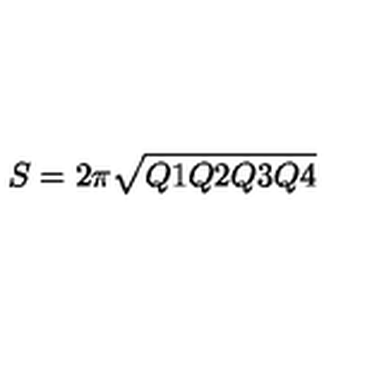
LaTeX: S = 2 \pi \sqrt { Q 1 Q 2 Q 3 Q 4 }